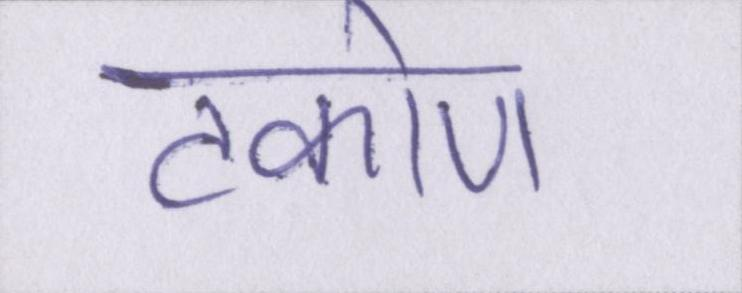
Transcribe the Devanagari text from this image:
टकोण